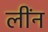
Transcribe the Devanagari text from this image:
लींन